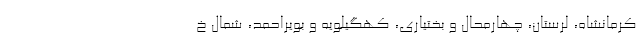
کرمانشاه، لرستان، چهارمحال و بختیاری، کهگیلویه و بویراحمد، شمال خ